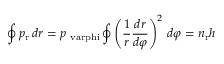
\oint p _ { \mathrm { r } } \, d r = p _ { \mathrm { \ v a r p h i } } \oint \left( { \frac { 1 } { r } } { \frac { d r } { d \varphi } } \right) ^ { 2 } \, d \varphi = n _ { \mathrm { r } } h